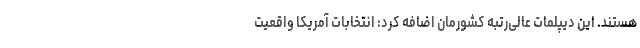
هستند. این دیپلمات عالی‌رتبه کشورمان اضافه کرد: انتخابات آمریکا واقعیت